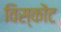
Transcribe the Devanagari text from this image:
विस्कोंट